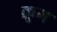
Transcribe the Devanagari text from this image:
क्रूम